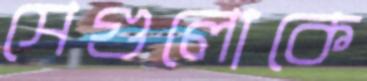
সেগুলোকে